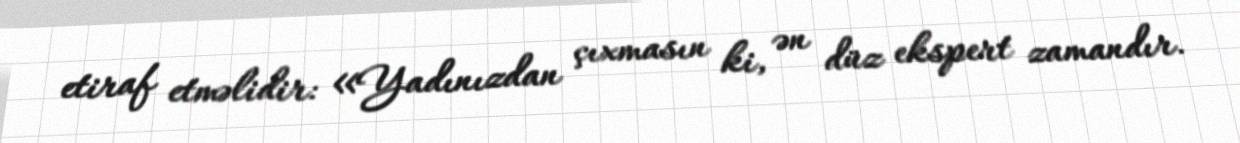
etiraf etməlidir: «Yadınızdan çıxmasın ki, ən düz ekspert zamandır.